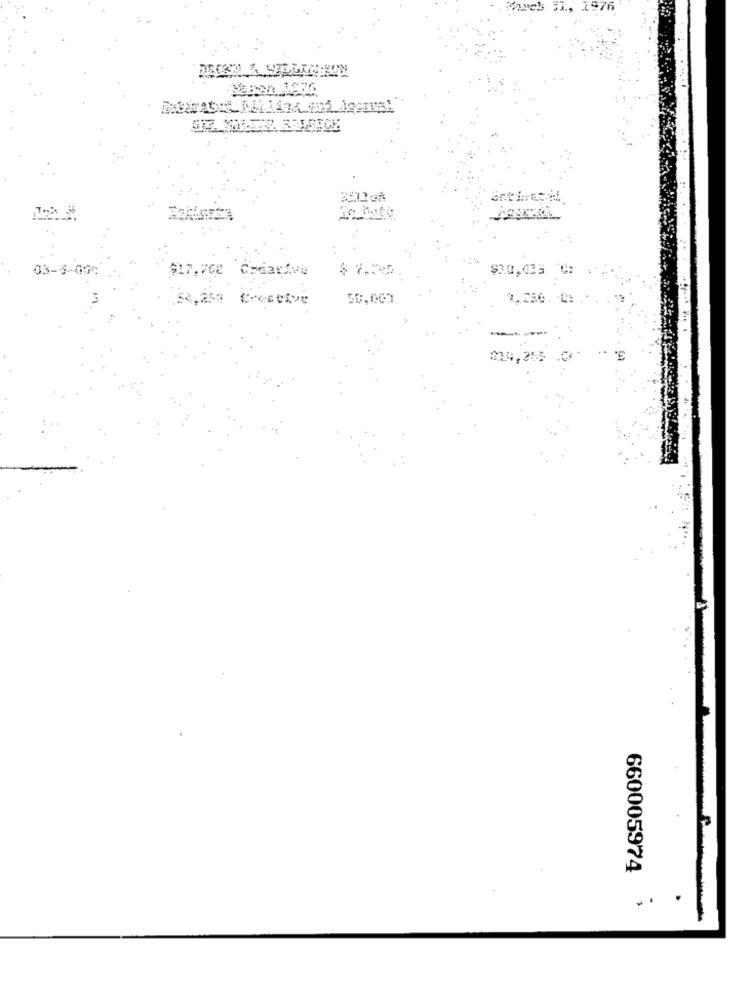
1976
Neben 1976
03-3-004
$17.762 Creative
$2.0,03
58,250 Crestive
50,000
660005974
.